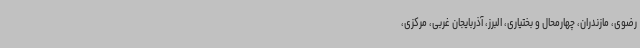
رضوی، مازندران، چهارمحال و بختیاری، البرز، آذربایجان غربی، مرکزی،